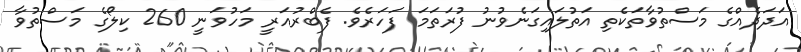
އަދަދެއްގެ މަސްތުވާތަކެތި އަތުލައިގަނެވުނު ފުރަތަމަ ފަހަރެވެ. ފެބްރުއަރީ މަހުވަނީ 260 ކިލޯގެ މަސްތުވާ